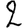
Digit: 2